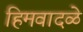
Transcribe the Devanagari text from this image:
हिमवादळे